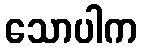
သောပါက